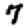
Digit: 7